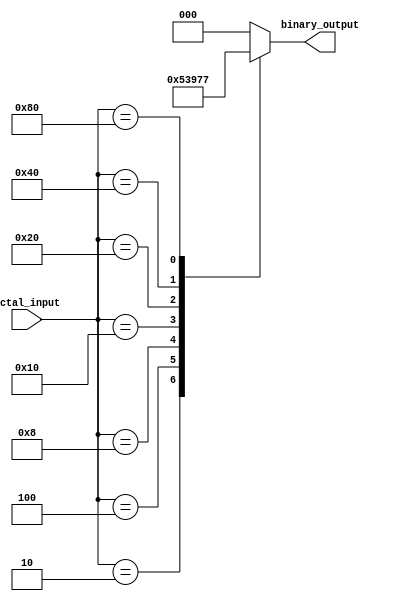
module octal_to_binary_encoder (
    input [7:0] octal_input,  // 8-bit octal input
    output reg [2:0] binary_output // 3-bit binary output
);

    always @(*) begin
        case (octal_input)
            8'b00000001: binary_output = 3'b000; // octal 0
            8'b00000010: binary_output = 3'b001; // octal 1
            8'b00000100: binary_output = 3'b010; // octal 2
            8'b00001000: binary_output = 3'b011; // octal 3
            8'b00010000: binary_output = 3'b100; // octal 4
            8'b00100000: binary_output = 3'b101; // octal 5
            8'b01000000: binary_output = 3'b110; // octal 6
            8'b10000000: binary_output = 3'b111; // octal 7
            default: binary_output = 3'b000;      // Default if no input is high
        endcase
    end

endmodule